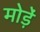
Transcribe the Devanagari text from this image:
मोडे़ं